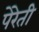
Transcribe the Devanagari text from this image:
पेरेती